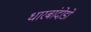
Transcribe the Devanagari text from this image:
धारबांदोडाे